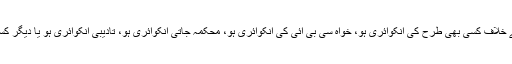
جہاں تک آپ کے سوال کا تعلق ہے، تو جب بھی کسی تعلیمی ادارے کے وائس چانسلر یا سربراہ کے خلاف کسی بھی طرح کی انکوائری ہو، خواہ سی بی آئی کی انکوائری ہو، محکمہ جاتی انکوائری ہو، تادیبی انکوائری ہو یا دیگر کسی بھی قانون کے تحت انکوائری ہو، اس سے کوئی اچھا پیغام نہیں جاتا، ادارے کی بدنامی ہوتی ہے۔